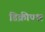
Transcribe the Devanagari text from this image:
डिक्रीपश्न